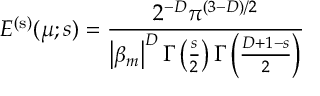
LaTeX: E ^ { \mathrm { ( s ) } } ( \mu ; s ) = \frac { 2 ^ { - D } \pi ^ { ( 3 - D ) / 2 } } { \left| \beta _ { m } \right| ^ { D } \Gamma \left( \frac { s } { 2 } \right) \Gamma \left( \frac { D + 1 - s } { 2 } \right) }